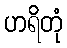
ဟရိတုံ